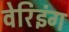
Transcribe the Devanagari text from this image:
वेरिइंग